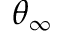
\theta _ { \infty }